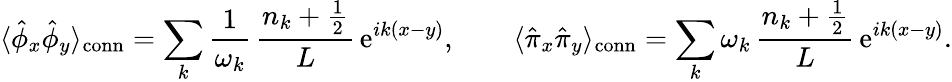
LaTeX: \langle\hat{\phi}_{x}\hat{\phi}_{y}\rangle_{\mathrm{conn}}=\sum_{k}\frac{1}{\omega_{k}}\, \frac{n_{k}+\frac{1}{2}}{L}\, \mathrm{e}^{ik(x-y)},\qquad\langle\hat{\pi}_{x}\hat{\pi}_{y}\rangle_{\mathrm{conn}}=\sum_{k}\omega_{k}\, \frac{n_{k}+\frac{1}{2}}{L}\, \mathrm{e}^{ik(x-y)}.